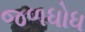
જળધોધ